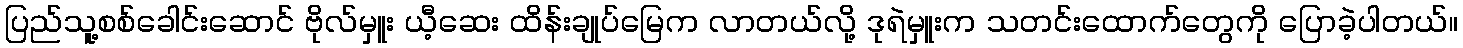
ပြည်သူ့စစ်ခေါင်းဆောင် ဗိုလ်မှူး ယီ့ဆေး ထိန်းချုပ်မြေက လာတယ်လို့ ဒုရဲမှူးက သတင်းထောက်တွေကို ပြောခဲ့ပါတယ်။